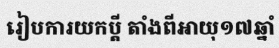
រៀបការយកប្តី តាំងពីអាយុ១៧ឆ្នាំ